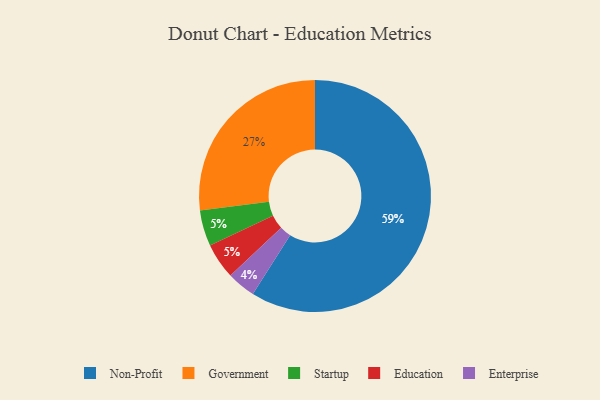
{"axis": {"x": "Category", "y": "Percentage"}, "legend": ["Education", "Enterprise", "Government", "Non-Profit", "Startup"], "data": [{"x": "Startup", "y": 5, "type": "Startup"}, {"x": "Education", "y": 5, "type": "Education"}, {"x": "Enterprise", "y": 4, "type": "Enterprise"}, {"x": "Non-Profit", "y": 59, "type": "Non-Profit"}, {"x": "Government", "y": 27, "type": "Government"}]}